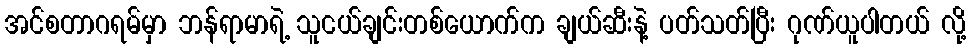
အင်စတာဂရမ်မှာ ဘန်ရာမာရဲ့ သူငယ်ချင်းတစ်ယောက်က ချယ်ဆီးနဲ့ ပတ်သတ်ပြီး ဂုဏ်ယူပါတယ် လို့